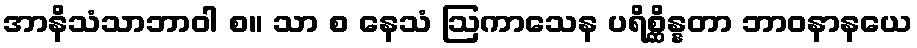
အာနိသံသာဘာဝါ စ။ သာ စ နေသံ ဩကာသေန ပရိစ္ဆိန္နတာ ဘာဝနာနယေ